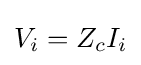
V_{i}=Z_{c}I_{i}